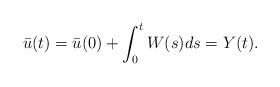
LaTeX: \begin{align*}\bar u(t)=\bar u(0)+\int_0^t W(s)ds=Y(t).\end{align*}